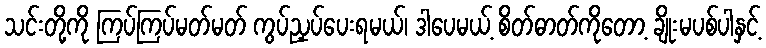
သင်းတို့ကို ကြပ်ကြပ်မတ်မတ် ကွပ်ညှပ်ပေးရမယ်၊ ဒါပေမယ့် စိတ်ဓာတ်ကိုတော့ ချိုးမပစ်ပါနှင့်